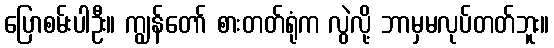
ပြောစမ်းပါဦး။ ကျွန်တော် စားတတ်ရုံက လွဲလို့ ဘာမှမလုပ်တတ်ဘူး။